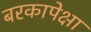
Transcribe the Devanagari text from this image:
बरकापेक्षा